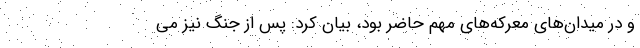
و در میدان‌های معرکه‌های مهم حاضر بود، بیان کرد: پس از جنگ نیز می